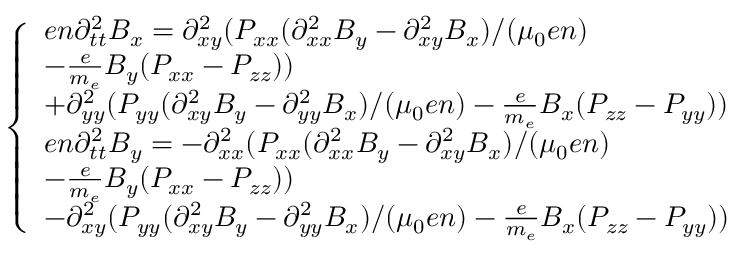
\begin{array} { r } { \left\{ \begin{array} { l l } { e n \partial _ { t t } ^ { 2 } B _ { x } = \partial _ { x y } ^ { 2 } ( P _ { x x } ( \partial _ { x x } ^ { 2 } B _ { y } - \partial _ { x y } ^ { 2 } B _ { x } ) / ( \mu _ { 0 } e n ) } \\ { - \frac { e } { m _ { e } } B _ { y } ( P _ { x x } - P _ { z z } ) ) } \\ { + \partial _ { y y } ^ { 2 } ( P _ { y y } ( \partial _ { x y } ^ { 2 } B _ { y } - \partial _ { y y } ^ { 2 } B _ { x } ) / ( \mu _ { 0 } e n ) - \frac { e } { m _ { e } } B _ { x } ( P _ { z z } - P _ { y y } ) ) } \\ { e n \partial _ { t t } ^ { 2 } B _ { y } = - \partial _ { x x } ^ { 2 } ( P _ { x x } ( \partial _ { x x } ^ { 2 } B _ { y } - \partial _ { x y } ^ { 2 } B _ { x } ) / ( \mu _ { 0 } e n ) } \\ { - \frac { e } { m _ { e } } B _ { y } ( P _ { x x } - P _ { z z } ) ) } \\ { - \partial _ { x y } ^ { 2 } ( P _ { y y } ( \partial _ { x y } ^ { 2 } B _ { y } - \partial _ { y y } ^ { 2 } B _ { x } ) / ( \mu _ { 0 } e n ) - \frac { e } { m _ { e } } B _ { x } ( P _ { z z } - P _ { y y } ) ) } \end{array} \right. } \end{array}